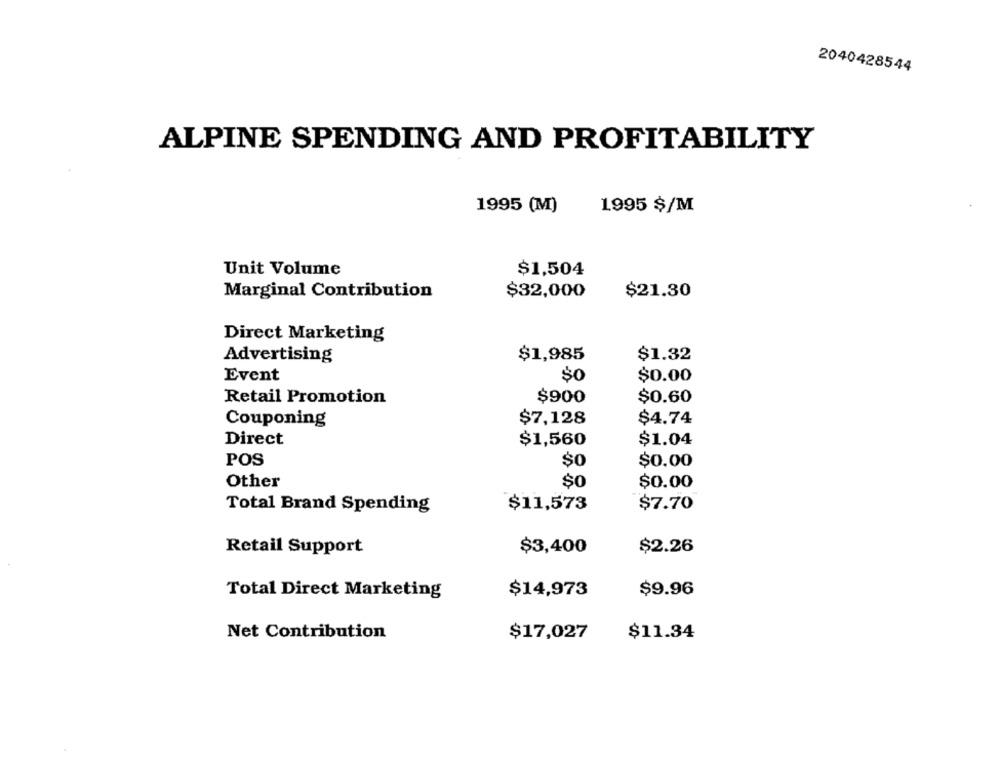
2040428544
ALPINE SPENDING AND PROFITABILITY
1995 (M)
1995 $/M
Unit Volume
$1,504
Marginal Contribution
$32,000
$21.30
Direct Marketing
$1,985
$1.32
Advertising
Event
$0
$0.00
Retail Promotion
$900
$0.60
Couponing
$7,128
$4.74
Direct
$1.04
$1,560
POS
$0
$0.00
Other
$0
$0.00
Total Brand Spending
$11,573
$7.70
Retail Support
$3,400
$2.26
$14,973
$9.96
Total Direct Marketing
Net Contribution
$17,027
$11.34